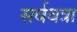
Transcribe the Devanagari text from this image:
सर्ववत्रा